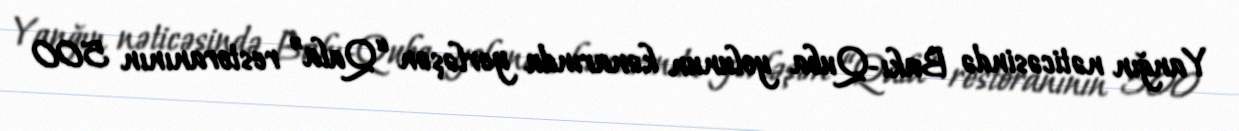
Yanğın nəticəsində Bakı-Quba yolunun kənarında yerləşən “Qala” restoranının 500